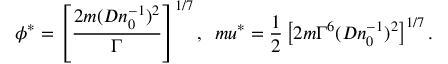
\phi ^ { * } = \left[ \frac { 2 m ( D n _ { 0 } ^ { - 1 } ) ^ { 2 } } { \Gamma } \right] ^ { 1 / 7 } , \ \, m u ^ { * } = \frac { 1 } { 2 } \left[ 2 m \Gamma ^ { 6 } ( D n _ { 0 } ^ { - 1 } ) ^ { 2 } \right] ^ { 1 / 7 } .